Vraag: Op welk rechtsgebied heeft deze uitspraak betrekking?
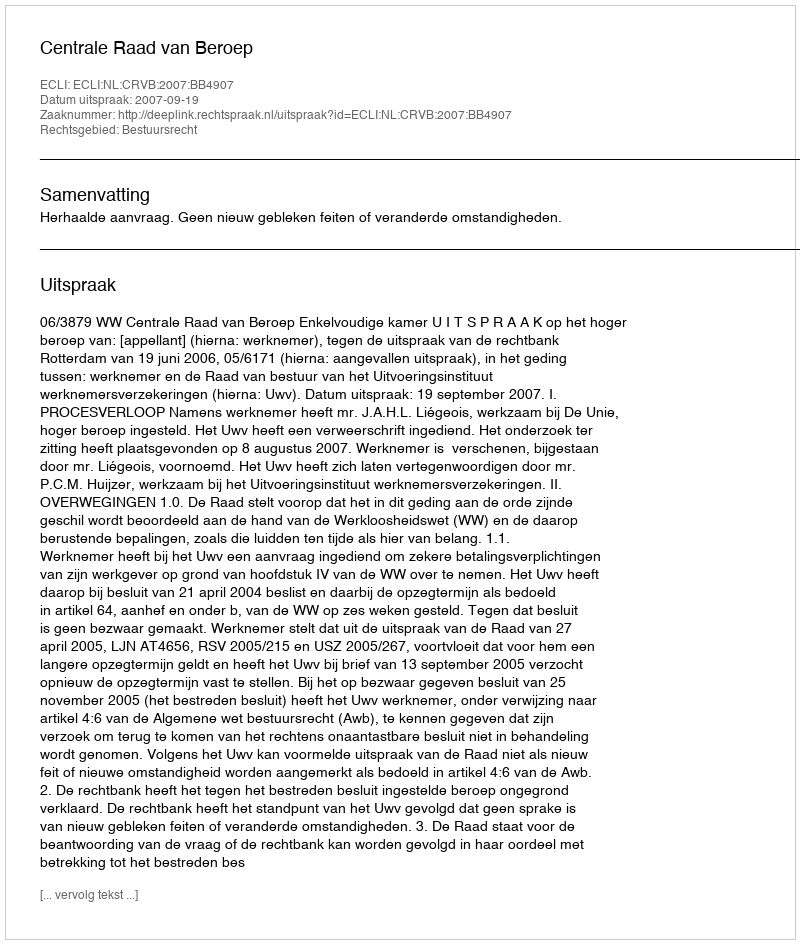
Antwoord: Bestuursrecht